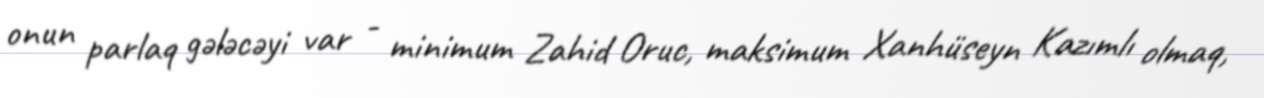
onun parlaq gələcəyi var - minimum Zahid Oruc, maksimum Xanhüseyn Kazımlı olmaq,